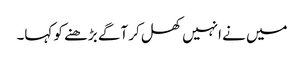
میں نے انہیں کھل کر آگے بڑھنے کو کہا۔